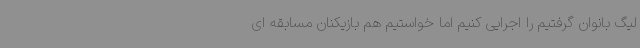
لیگ بانوان گرفتیم را اجرایی کنیم اما خواستیم هم بازیکنان مسابقه ای